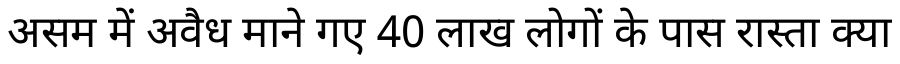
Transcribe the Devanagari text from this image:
असम में अवैध माने गए 40 लाख लोगों के पास रास्ता क्या